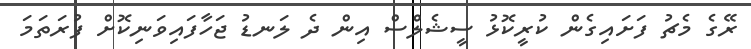
ރޭގެ މެޗު ފަށައިގެން ކުރީކޮޅު ސީޝެލްސް އިން ދެ ލަނޑު ޖަހާފައިވަނިކޮށް ފުރަތަމަ